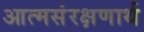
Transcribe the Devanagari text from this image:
आत्मसंरक्षणार्थ